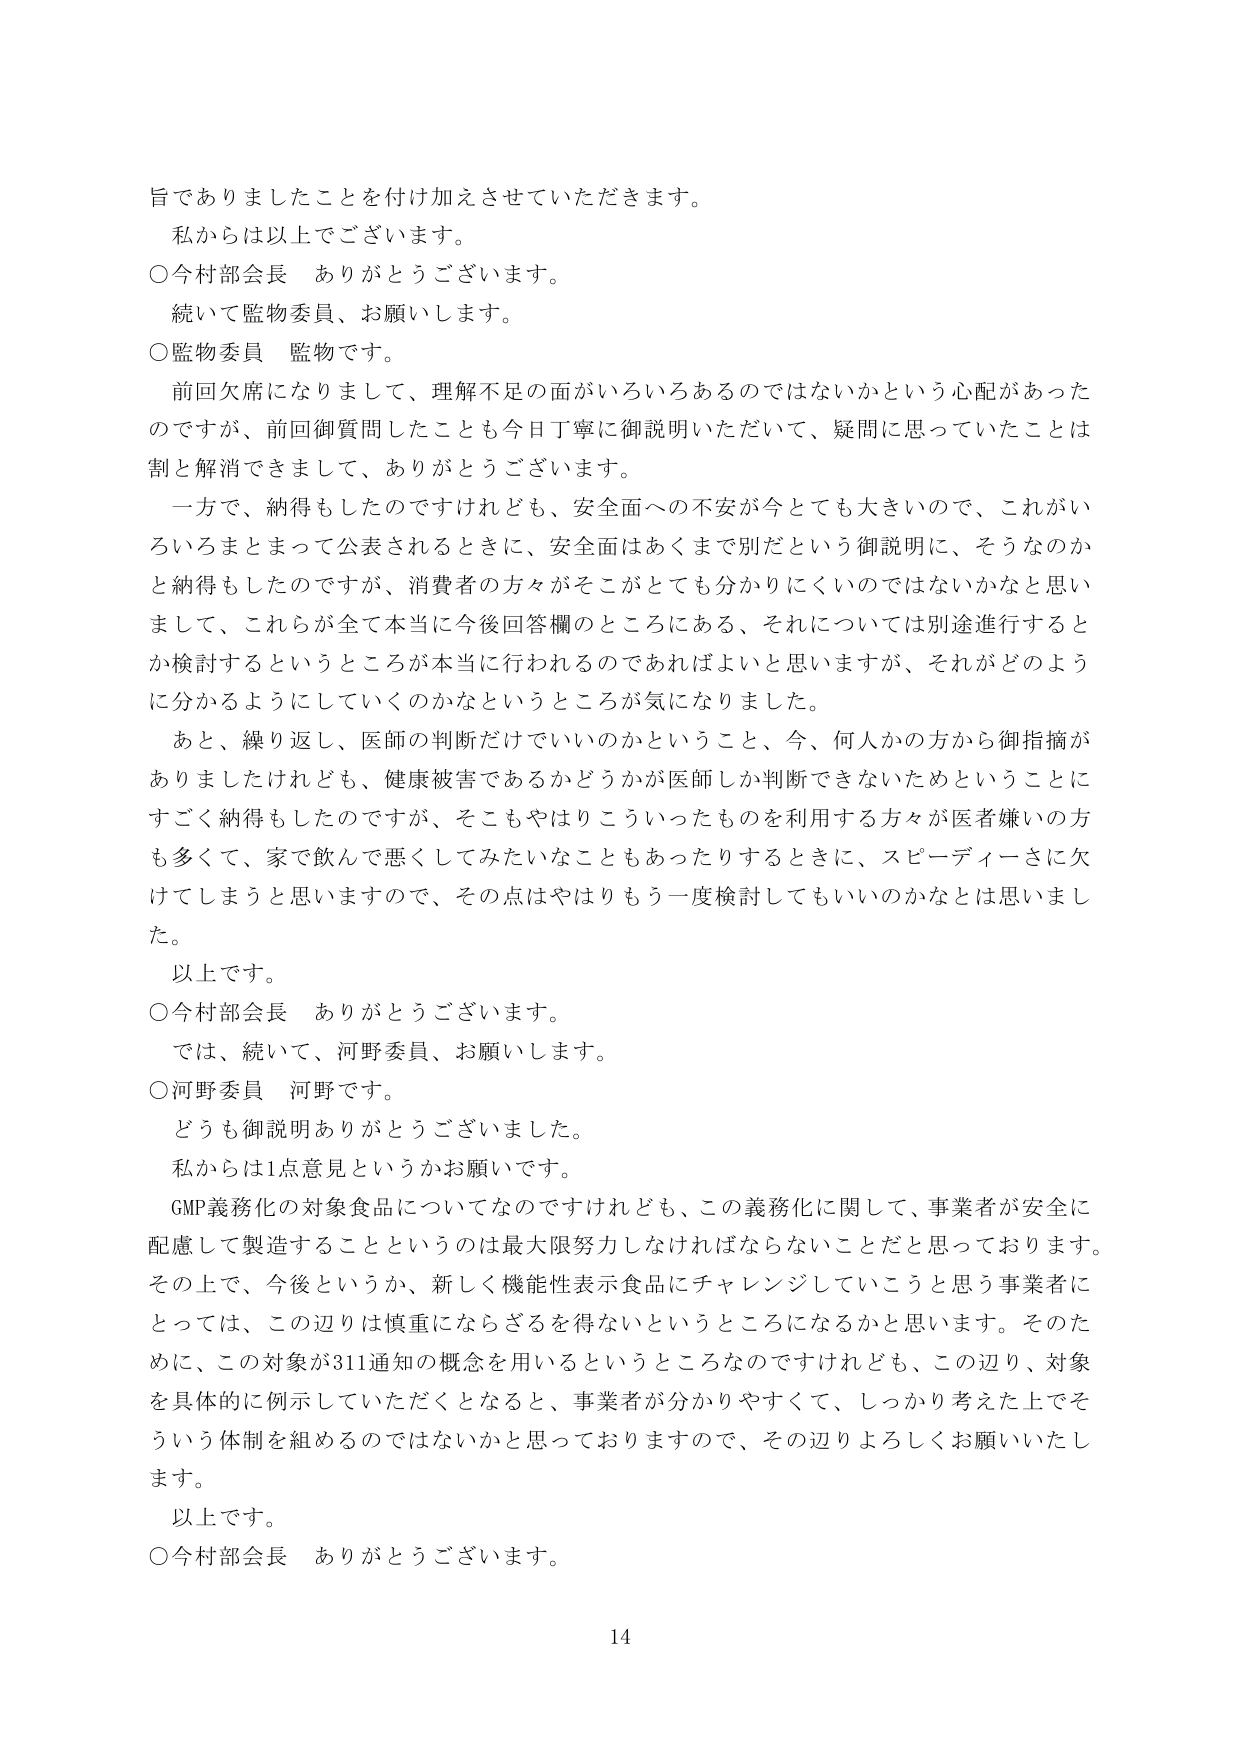
旨でありましたことを付け加えさせていただきます。
私からは以上でございます。
○今村部会長 ありがとうございます。
続いて監物委員、お願いします。
○監物委員 監物です。
前回欠席になりまして、理解不足の面がいろいろあるのではないかという心配があったのですが、前回御質問したことも今日丁寧に御説明いただいて、疑問に思っていたことは割と解消できまして、ありがとうございます。
一方で、納得もしたのですけれども、安全面への不安が今とても大きいので、これがいろいろまとまって公表されるときに、安全面はあくまで別だという御説明に、そうなのかと納得もしたのですが、消費者の方々がそこがとても分かりにくいのではないかと思いまして、これらが全て本当に今後回答欄のところにある、それについては別途進行するとか検討するというところが本当に行われるのであればよいと思いますが、それがどのように分かるようにしていくのかなというところが気になりました。
あと、繰り返し、医師の判断だけでいいのかということ、今、何人かの方から御指摘がありましたけれども、健康被害であるかどうかが医師しか判断できないためということにすごく納得もしたのですが、そこもやはりこういったものを利用する方々が医者嫌いの方も多くて、家で飲んで悪くしてみたいなこともあったりするときに、スピーディーさに欠けてしまうと思いますので、その点はやはりもう一度検討してもいいのかなとは思いました。
以上です。
○今村部会長 ありがとうございます。
では、続いて、河野委員、お願いします。
○河野委員 河野です。
どうも御説明ありがとうございました。
私からは1点意見というかお願いです。
GMP義務化の対象食品についてなのですが、この義務化に関して、事業者が安全に配慮して製造することというのは最大限努力しなければならないことだと思っております。その上で、今後というか、新しく機能性表示食品にチャレンジしていこうと思う事業者にとっては、この辺りは慎重にならざるを得ないというところになるかと思います。そのため、この対象が311通知の概念を用いるというところなのですが、この辺り、対象を具体的に例示していただくとなると、事業者が分かりやすくて、しっかり考えた上でそういう体制を組めるのではないかと思っておりますので、その辺りよろしくお願いいたします。
以上です。
○今村部会長 ありがとうございます。
14